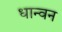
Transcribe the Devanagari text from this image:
धान्वन